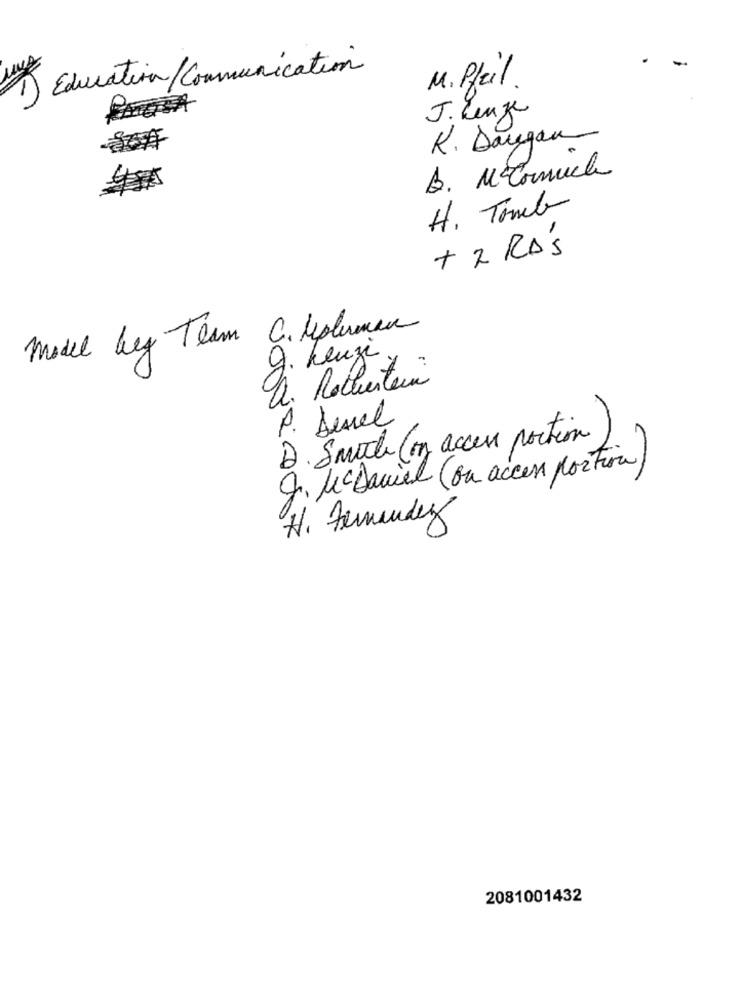
B) Education / Communication
M. Pfeil .
CATGA
J. Lenge
R. Dangan
B. Mccormick
H. Tomek
+2 RDS
model beg Team C. Medlemar
g. Kluzi
a. Rochestein
A. Desel
D. Smith Con access portion
J. McDaniel (ou access portion)
H. Fernandez
2081001432